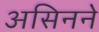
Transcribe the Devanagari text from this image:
असिनने